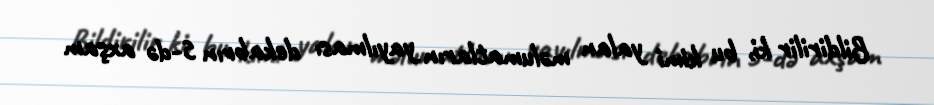
Bildirilir ki, bu kimi yalan məlumatların yayılması dekabrın 5-də axşam